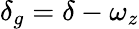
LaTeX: \delta_{g}=\delta-\omega_{z}